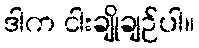
ဒါက ငါးချိုချဉ်ပါ။